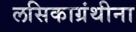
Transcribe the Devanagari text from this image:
लसिकाग्रंथीना